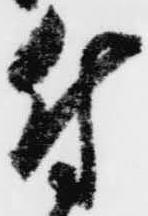
付